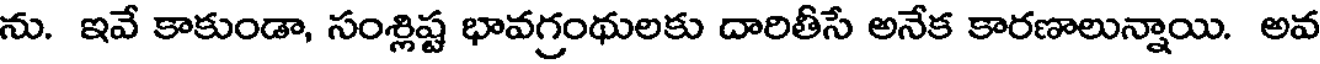
ను. ఇవే కాకుండా, సంశ్లిష్ట భావగ్రంథులకు దారితీసే అనేక కారణాలున్నాయి. అవ